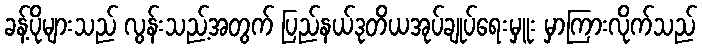
ခန့်ပိုများသည် လွန်းသည့်အတွက် ပြည်နယ်ဒုတိယအုပ်ချုပ်ရေးမှူး မှာကြားလိုက်သည်